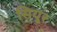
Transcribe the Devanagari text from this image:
सियूर